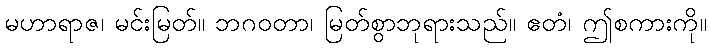
မဟာရာဇ၊ မင်းမြတ်။ ဘဂဝတာ၊ မြတ်စွာဘုရားသည်။ ဧတံ၊ ဤစကားကို။